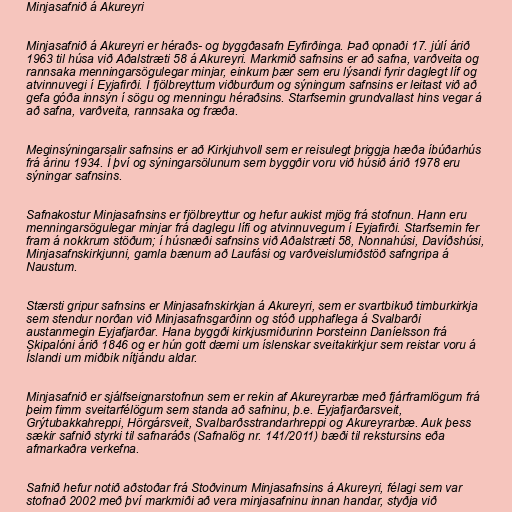
Minjasafnið á Akureyri

Minjasafnið á Akureyri er héraðs- og byggðasafn Eyfirðinga. Það opnaði 17. júlí árið
1963 til húsa við Aðalstræti 58 á Akureyri. Markmið safnsins er að safna, varðveita og
rannsaka menningarsögulegar minjar, einkum þær sem eru lýsandi fyrir daglegt líf og
atvinnuvegi í Eyjafirði. Í fjölbreyttum viðburðum og sýningum safnsins er leitast við að
gefa góða innsýn í sögu og menningu héraðsins. Starfsemin grundvallast hins vegar á
að safna, varðveita, rannsaka og fræða.

Meginsýningarsalir safnsins er að Kirkjuhvoll sem er reisulegt þriggja hæða íbúðarhús
frá árinu 1934. Í því og sýningarsölunum sem byggðir voru við húsið árið 1978 eru
sýningar safnsins.

Safnakostur Minjasafnsins er fjölbreyttur og hefur aukist mjög frá stofnun. Hann eru
menningarsögulegar minjar frá daglegu lífi og atvinnuvegum í Eyjafirði. Starfsemin fer
fram á nokkrum stöðum; í húsnæði safnsins við Aðalstræti 58, Nonnahúsi, Davíðshúsi,
Minjasafnskirkjunni, gamla bænum að Laufási og varðveislumiðstöð safngripa á
Naustum.

Stærsti gripur safnsins er Minjasafnskirkjan á Akureyri, sem er svartbikuð timburkirkja
sem stendur norðan við Minjasafnsgarðinn og stóð upphaflega á Svalbarði
austanmegin Eyjafjarðar. Hana byggði kirkjusmiðurinn Þorsteinn Daníelsson frá
Skipalóni árið 1846 og er hún gott dæmi um íslenskar sveitakirkjur sem reistar voru á
Íslandi um miðbik nítjándu aldar.

Minjasafnið er sjálfseignarstofnun sem er rekin af Akureyrarbæ með fjárframlögum frá
þeim fimm sveitarfélögum sem standa að safninu, þ.e. Eyjafjarðarsveit,
Grýtubakkahreppi, Hörgársveit, Svalbarðsstrandarhreppi og Akureyrarbæ. Auk þess
sækir safnið styrki til safnaráðs (Safnalög nr. 141/2011) bæði til rekstursins eða
afmarkaðra verkefna.

Safnið hefur notið aðstoðar frá Stoðvinum Minjasafnsins á Akureyri, félagi sem var
stofnað 2002 með því markmiði að vera minjasafninu innan handar, styðja við